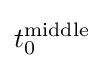
t_{0}^{\rm {middle}}